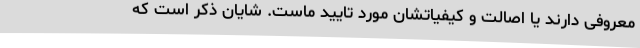
معروفی دارند یا اصالت و کیفیاتشان مورد تایید ماست. شایان ذکر است که